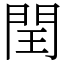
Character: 閏